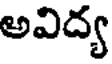
అవిద్య